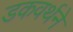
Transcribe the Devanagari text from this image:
डकवर्थने